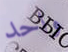
واحد